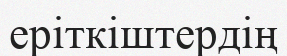
еріткіштердің